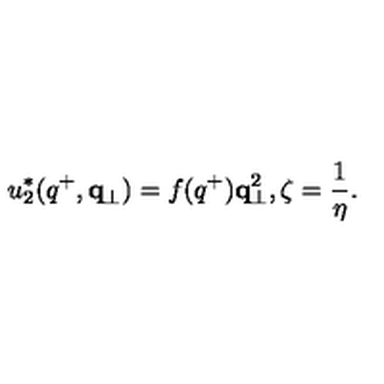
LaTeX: u _ { 2 } ^ { * } ( q ^ { + } , { \bf q } _ { \perp } ) = f ( q ^ { + } ) { \bf q } _ { \perp } ^ { 2 } , \zeta = { \frac { 1 } { \eta } } .